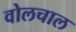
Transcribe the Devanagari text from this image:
वोलचाल